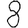
Digit: 8